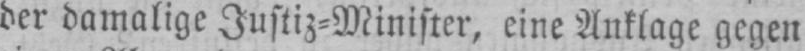
der damalige Justiz⸗Minister, eine Anklage gegen